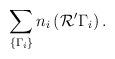
LaTeX: \begin{align*}\sum_{\{\Gamma_{i}\}} n_{i}\left ({\cal R'} \Gamma_{i}\right).\end{align*}